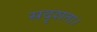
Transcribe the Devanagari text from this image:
सदृशता।